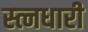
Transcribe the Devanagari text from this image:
स्त्नधारी